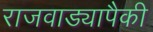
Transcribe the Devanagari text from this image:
राजवाड्यापैकी